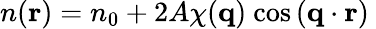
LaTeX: \begin{array}{r}{n(\mathbf{r})=n_{0}+2A\chi(\mathbf{q})\ \textnormal{cos}\left(\mathbf{q}\cdot\mathbf{r}\right)\ }\end{array}